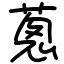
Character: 蔥